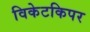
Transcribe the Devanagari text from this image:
विकेटकिपर